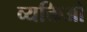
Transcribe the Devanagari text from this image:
व्यक्तिओ